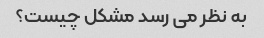
به نظر می رسد مشکل چیست؟